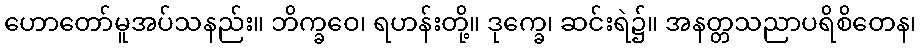
ဟောတော်မူအပ်သနည်း။ ဘိက္ခဝေ၊ ရဟန်းတို့။ ဒုက္ခေ၊ ဆင်းရဲ၌။ အနတ္တသညာပရိစိတေန၊